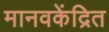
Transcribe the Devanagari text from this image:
मानवकेंद्रित